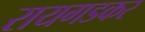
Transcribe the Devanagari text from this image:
रायगडकर